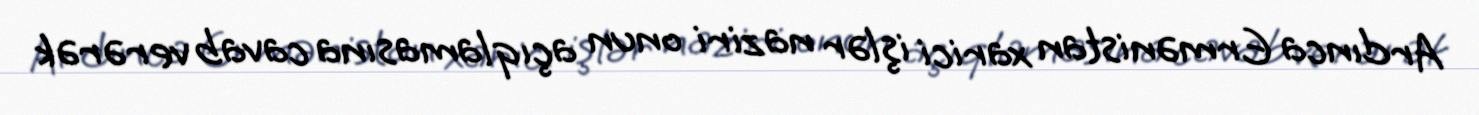
Ardınca Ermənistan xarici işlər naziri onun açıqlamasına cavab verərək